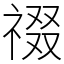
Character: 䄌